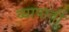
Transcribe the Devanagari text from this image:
व्यापावी